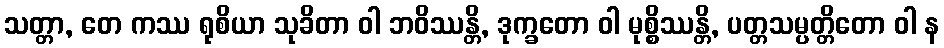
သတ္တာ, တေ ကဿ ရုစိယာ သုခိတာ ဝါ ဘဝိဿန္တိ, ဒုက္ခတော ဝါ မုစ္စိဿန္တိ, ပတ္တသမ္ပတ္တိတော ဝါ န